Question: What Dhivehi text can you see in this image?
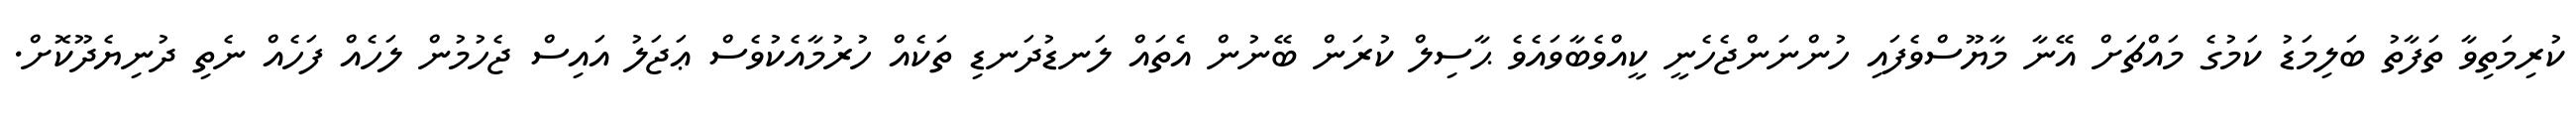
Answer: ކުރިމަތިވާ ތަފާތު ބަލިމަޑު ކަމުގެ މައްޗަށް އޭނާ މާޔޫސްވެފައި ހުންނަންޖެހެނީ ކީއްވެބާވައެވެ ޙާސިލް ކުރަން ބޭނުން އެތައް ލަނޑުދަނޑި ތަކެއް ހުރުމާއެކުވެސް ޢަޖަލު އައިސް ޖެހުމުން ލަހެއް ފަހެއް ނެތި ދުނިޔެދޫކޮށް.